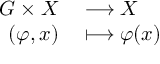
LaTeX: \begin{array} { r l } { G \times X } & { { } \longrightarrow X } \\ { ( \varphi , x ) } & { { } \longmapsto \varphi ( x ) } \end{array}